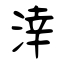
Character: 涬